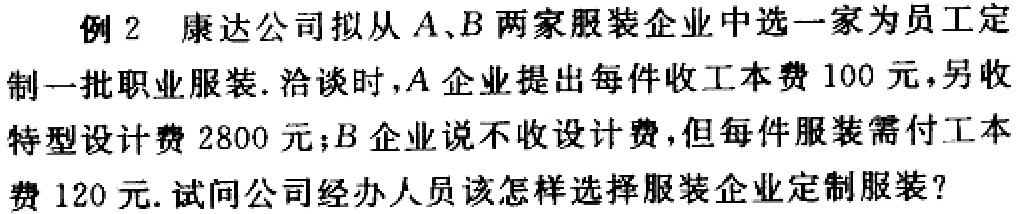
例 2 康达公司拟从\(A\)、\(B\)两家服装企业中选一家为员工定制一批职业服装. 洽谈时，\(A\)企业提出每件收工本费\(100\)元，另收特型设计费\(2800\)元；\(B\)企业说不收设计费，但每件服装需付工本费\(120\)元. 试问公司经办人员该怎样选择服装企业定制服装？